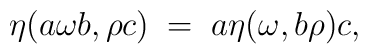
\eta( a \omega b, \rho c) \; = \; a \eta(\omega, b \rho) c,